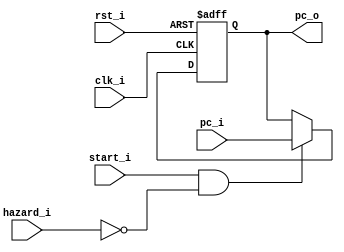
module PC(
    clk_i,
    rst_i,
    start_i,
    pc_i,
    hazard_i,
    pc_o
);

// Ports
input               clk_i;
input               rst_i;
input               start_i;
input               hazard_i;   // hazard_i=1 : stall
input   [31:0]      pc_i;
output  [31:0]      pc_o;

// Wires & Registers
reg     [31:0]      pc_o;

initial begin 
    pc_o = 0;
end

always@(posedge clk_i or negedge rst_i) begin
    if(~rst_i) begin
        pc_o <= 32'b0;
    end
    else begin
        if(start_i & (!hazard_i))
            pc_o <= pc_i;
    end
end

endmodule